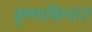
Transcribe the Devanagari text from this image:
कृष्णकिनारा